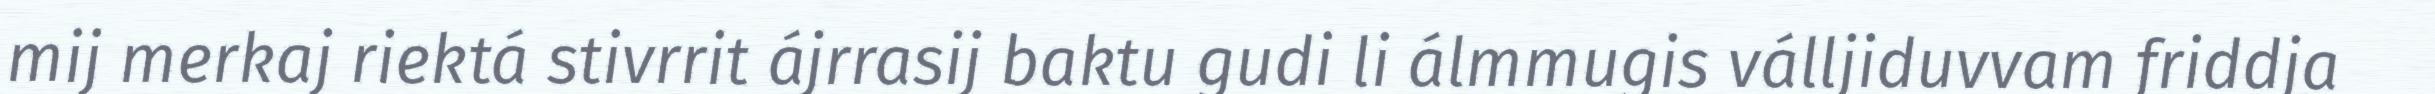
mij merkaj riektá stivrrit ájrrasij baktu gudi li álmmugis válljiduvvam friddja